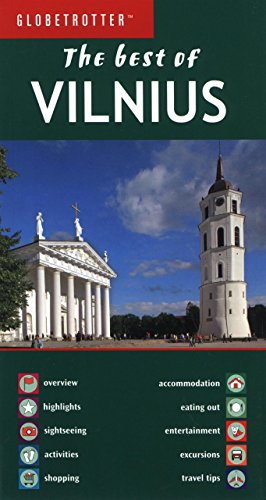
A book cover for Best of Vilnius (Globetrotter Best of Series); Globetrotter; Travel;